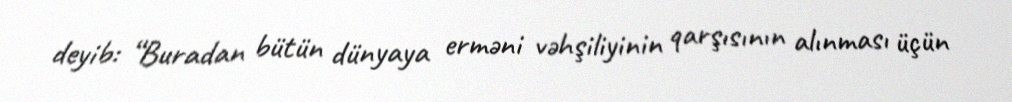
deyib: “Buradan bütün dünyaya erməni vəhşiliyinin qarşısının alınması üçün